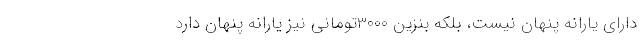
دارای یارانه پنهان نیست، بلکه بنزین 3000تومانی نیز یارانه پنهان دارد